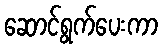
ဆောင်ရွက်ပေးကာ